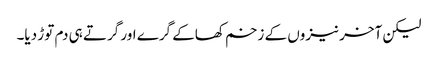
لیکن آخر نیزوں کے زخم کھاکے گرے اور گرتے ہی دم توڑ دیا۔